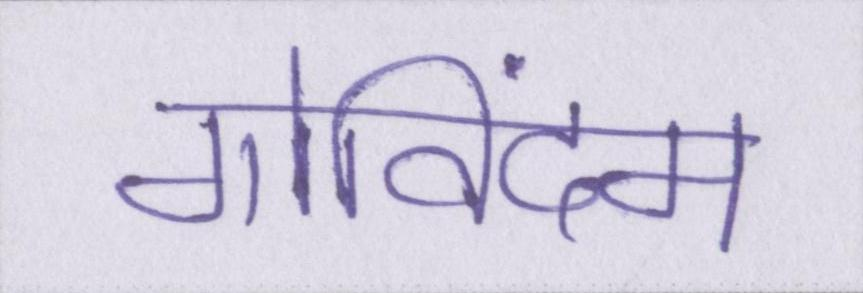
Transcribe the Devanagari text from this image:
गोविंदम